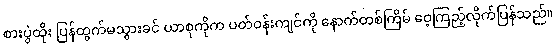
စားပွဲထိုး ပြန်ထွက်မသွားခင် ယာစုကိုက ပတ်ဝန်းကျင်ကို နောက်တစ်ကြိမ် ဝေ့ကြည့်လိုက်ပြန်သည်။